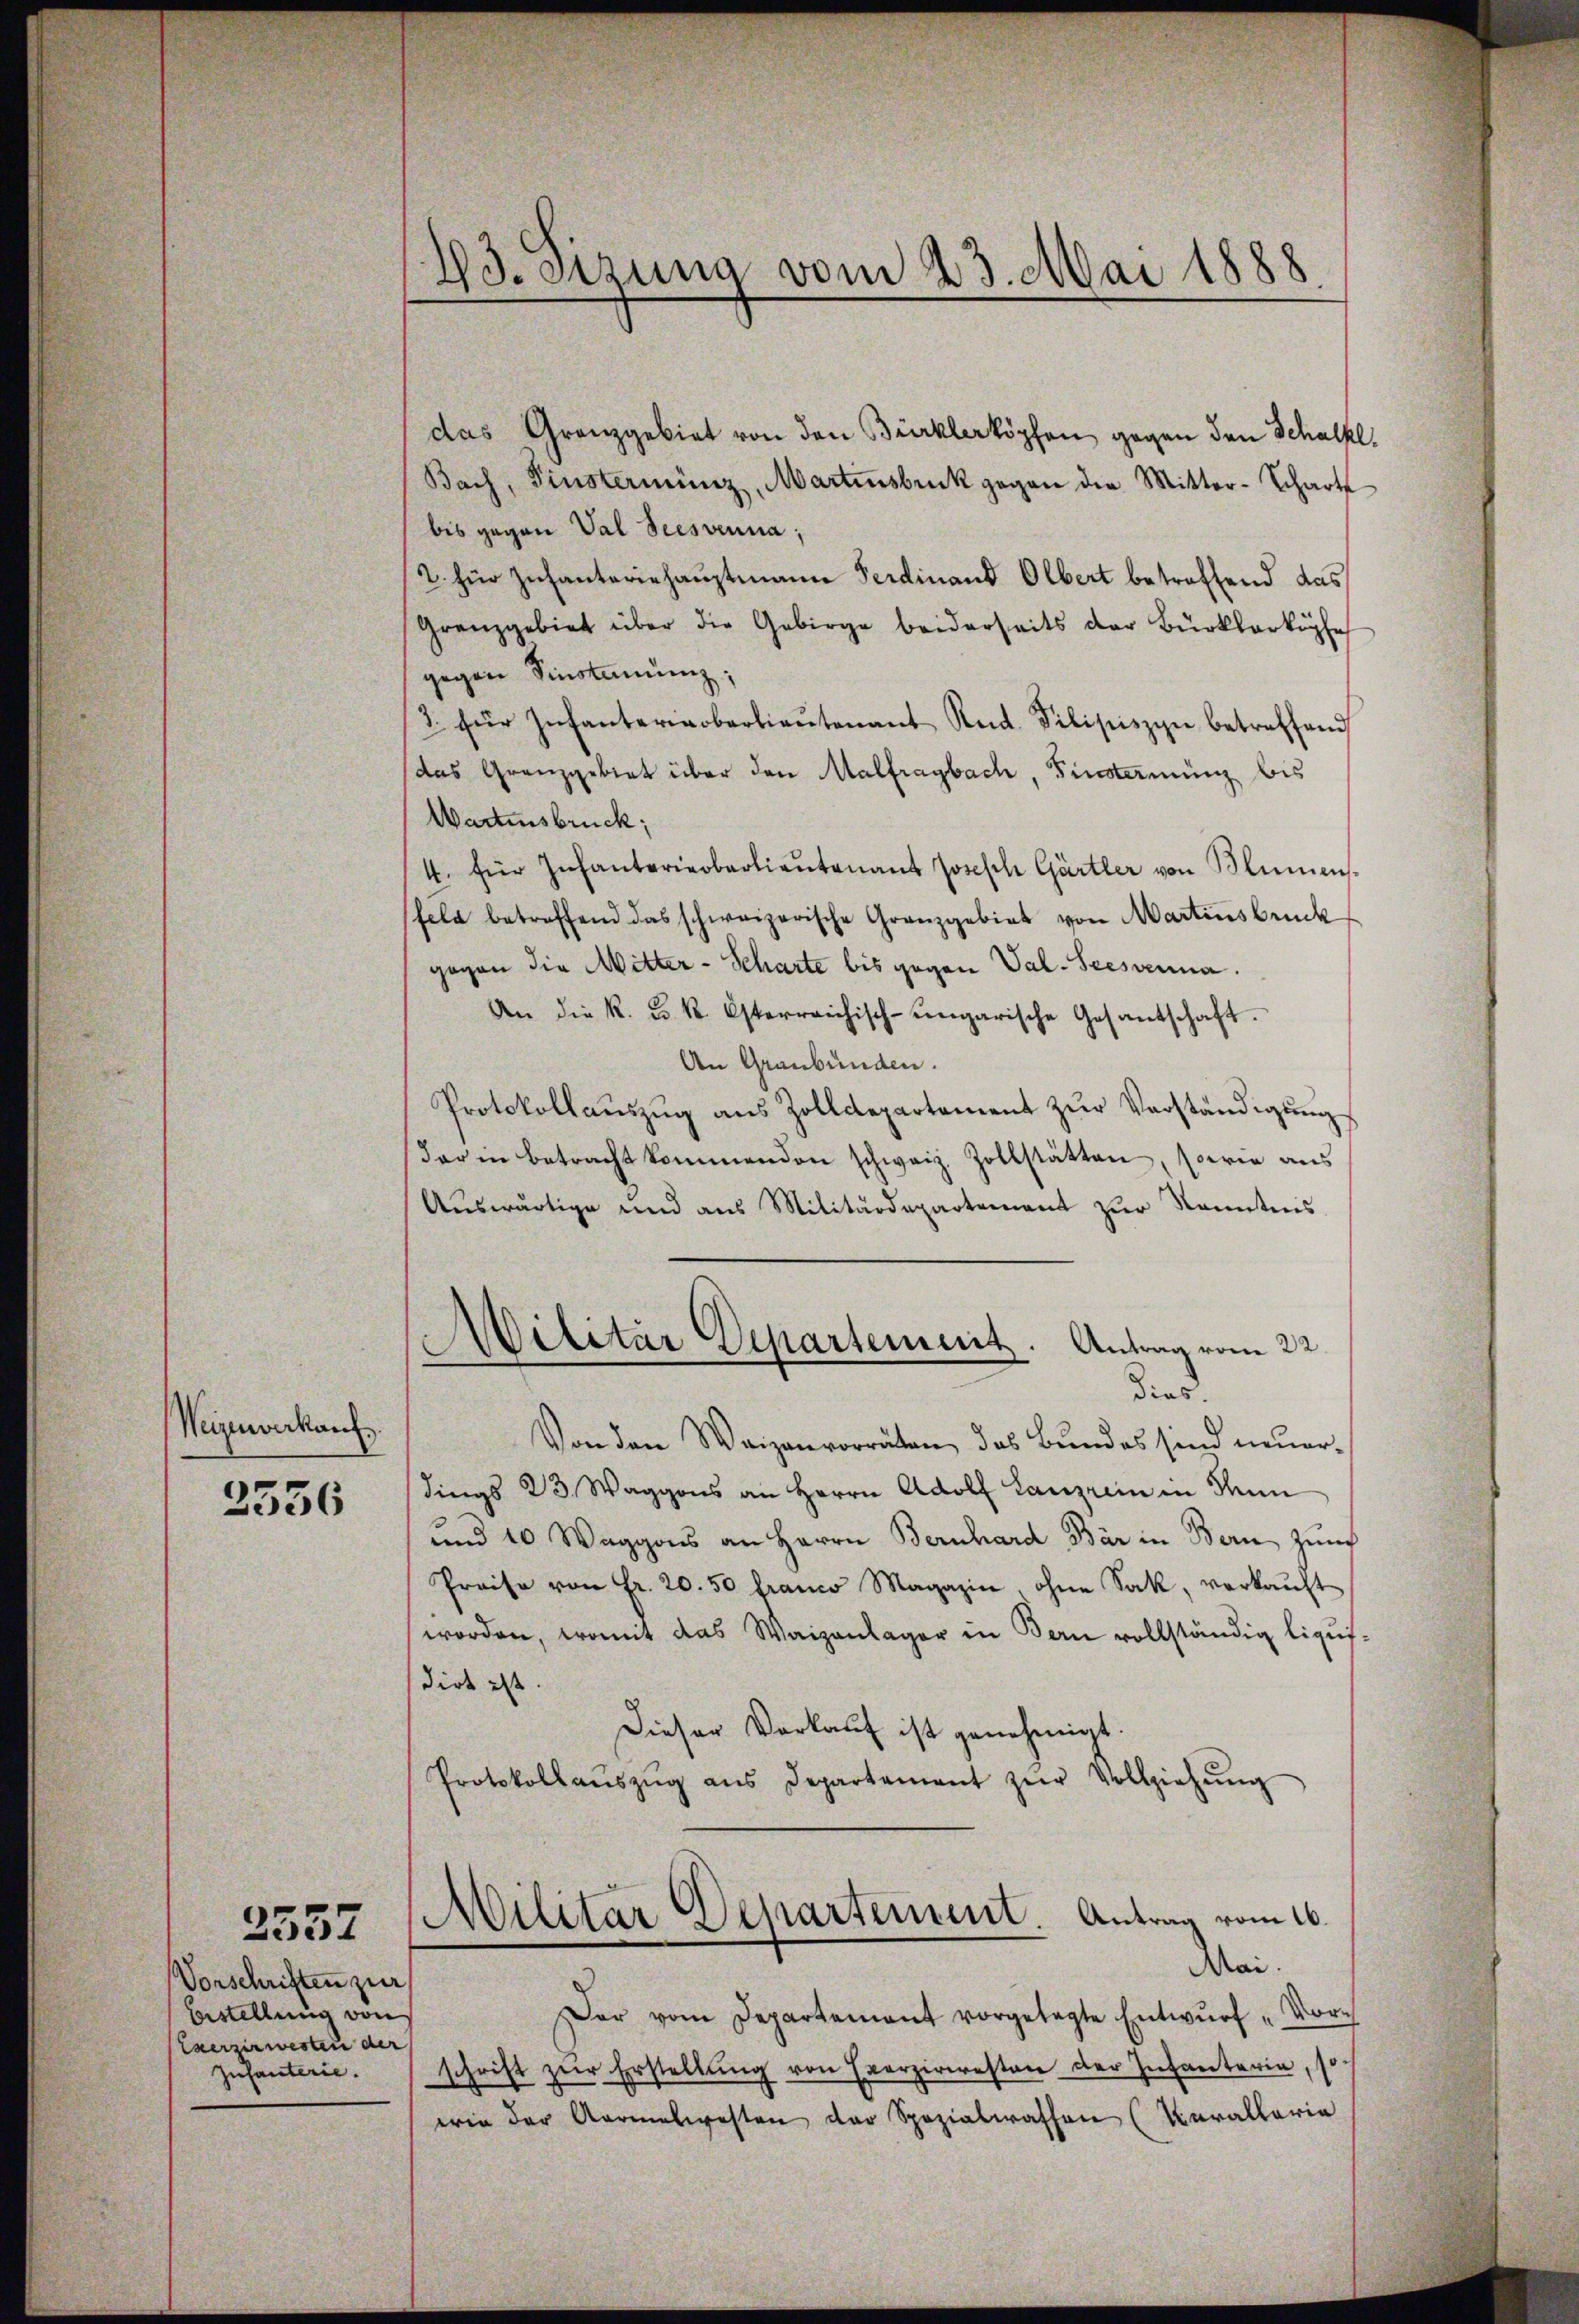
Weizenverkanz

2336

Vorschriften zur
Bestellung von
Caerzirwesten der
Infanterie.

2557

43. Sitzung vom 23. Mai 1888

das Granzgebiet von den Bürklerköpfen gegen den Schalkl
Bach, Finsterminz, Martinsbruk gegen die Mitter-Schart
bis gegen Val Seesvenna;
2. für Infanteriehauptmann Ferdinand Olbert betreffend das
Granzgebiet über die Gebirge beiderseits der Bürklarköpfe
gegen Einstamenz;
& für Infanterinoberkieŭtenant Rud. Filipiszyn betreffend
das Granzgebiet über den Malfragbach, Tinterming bis
Wartensbruck;
4. für Infanterieberlieŭtenant Joseph Gärtler von Blumens-
sfeld betreffend das schweizerische Granzgebiet von Martinsbruck
gegen die Mitter - Scharte bis gegen Val- Seesvenna.
An die k. k. k. Osterreichisch-ungarische Gesantschaft.
An Graubünden.
Protokollaŭszŭg aŭs Zolldepartement zŭr Vorständigŭng
dar in betracht kommenden schweiz. Zollstätten, sowie aus
Aŭswärtige und aus Militärdepartement zŭr Kenntnis

Militar Departement. Antrag vom 22.
died.
Von den Waizenvorräten, das Bundes sind neuerdings 23. Waggons an Herrn Adolf Lanzrein in Mun
und 10 Waggons an Herrn Bernhard Bär in Bern zum
Preise von Fr. 20. 50 franco Magazin ohne Sak, verkaŭft
worden, womit das Waizanlager in Bern vollständig liquidies ist.
Dieser Vorkauf ist genehmigt.
Protokollaŭszŭg ans Departement zŭr Vollziehŭng
Militar Departement. Antrag vom 16.
Mai.
Der vom Departement vorgelegte Entwŭrf „Vorschrift zur Erstellung von Exerzirresten der Infanterin, so
erin der Aormalwesten der Spezialwassen (Karallaria